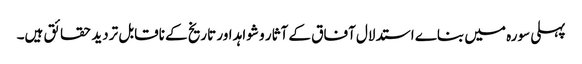
پہلی سورہ میں بناے استدلال آفاق کے آثار و شواہد اور تاریخ کے ناقابل تردید حقائق ہیں۔